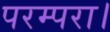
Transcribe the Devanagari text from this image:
परम्परा।